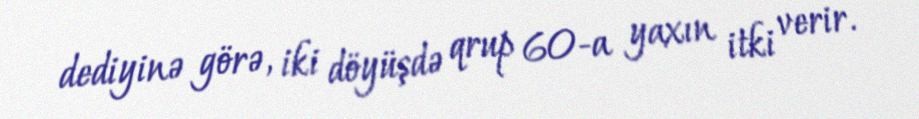
dediyinə görə, iki döyüşdə qrup 60-a yaxın itki verir.